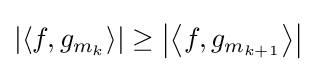
\left|\left\langle f,g_{m_{k}}\right\rangle \right|\geq \left|\left\langle f,g_{m_{k+1}}\right\rangle \right|